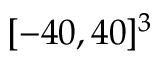
[ - 4 0 , 4 0 ] ^ { 3 }